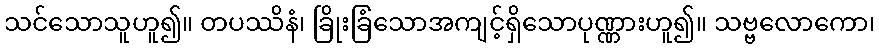
သင်သောသူဟူ၍။ တပဿိနံ၊ ခြိုးခြံသောအကျင့်ရှိသောပုဏ္ဏားဟူ၍။ သဗ္ဗလောကော၊